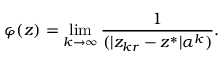
\varphi ( z ) = \operatorname* { l i m } _ { k \to \infty } { \frac { 1 } { ( | z _ { k r } - z ^ { * } | \alpha ^ { k } ) } } .